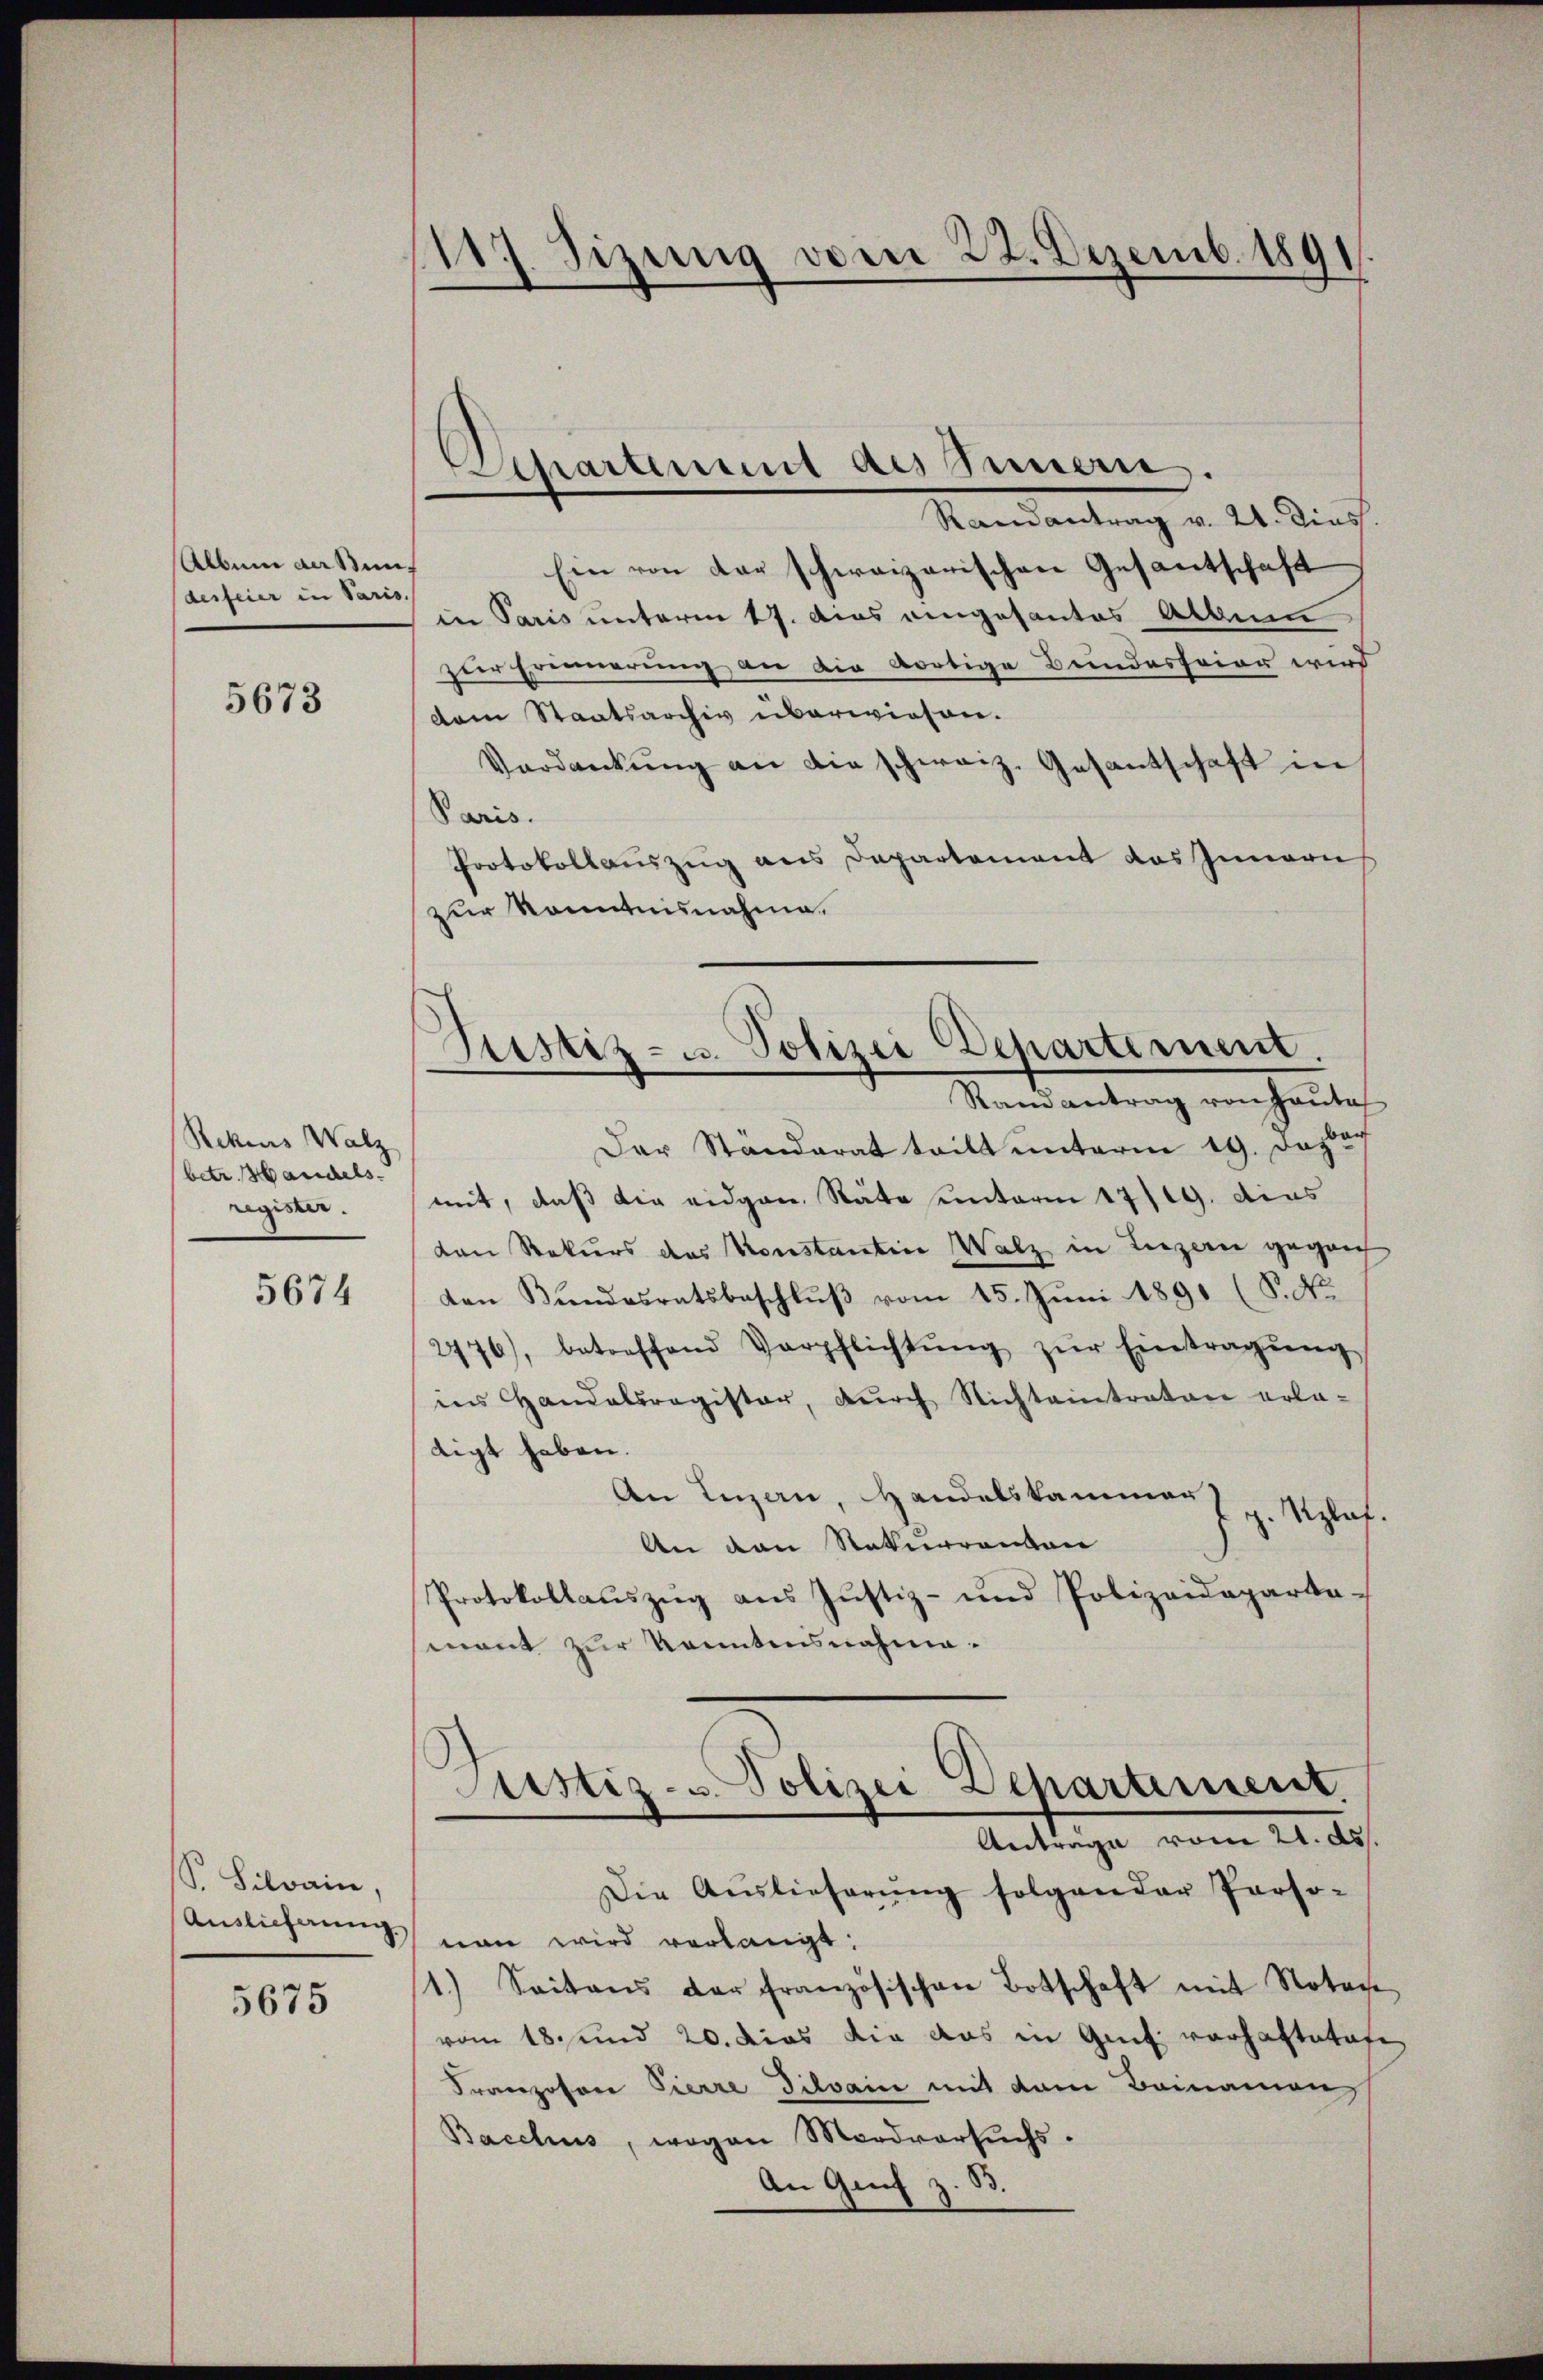
Allein der Sumdesfeier in Paris.

5673

Rekius Walz
(betr. Handels.
register.

5674

S. Silvain,
Auslieferung

5675

1117. Sizung vom 22. Dezemb. 1891

Randantrag v. 21. dies
Ein von der schweizerischen Gesantschaft
in Paris unterm 17. dies eingesantes Album
zier Erinnerung an die dortige Bundesfeier wird
dem Staatsarchiv uberwiesen.
Verdankŭng an die schweiz. Gesantschaft in
Paris.
Protokollauszug aus Departement das Innern
zur Kenntnisnahme.

Ahartement des Innern.

Der Ständerat tritt unterm 19. Dezbac
mit, daß die eidgen. Räte unterm 17/19. dies
von Rekurs des Konstantin Walz in Luzern gegen
von Bŭndesratsbeschlŭβ vom 15. Juni 1891 (P. Nr.
2776), betreffend Verpflichtŭng zŭr Eintragŭng
ins Handelsregister, dŭrch Nichteintrator erla
digt haben.
An Luzern, Handelskammer
g. Klaf.
An den Naturrenten
Protokollauszug aus Justiz- und Polizeideparta-
mant zur konntensnahme.
Justiz- u. Polizei Departement
Antrage vom 21. ds.
Die Auslieferŭng folgender Perso-
nan wird verlangt:
1.) Seitens der Französischen Botschaft mit Notare
vom 18. und 20. dies die aus in Genf vorhafteten
Franzosen Pierre Dilvain mit dem Beinamons
Bacelius, wogen Mordversŭchs.
An Genf z. B.

Justiz- u. Polizei Departement
Randantrag von Hauta